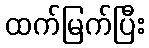
ထက်မြက်ပြီး